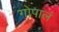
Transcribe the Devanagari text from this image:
गोपालं